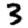
Digit: 3